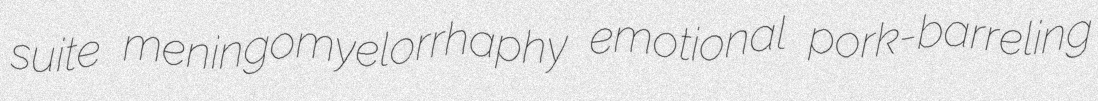
suite meningomyelorrhaphy emotional pork-barreling